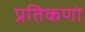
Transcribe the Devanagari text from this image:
प्रतिकणो